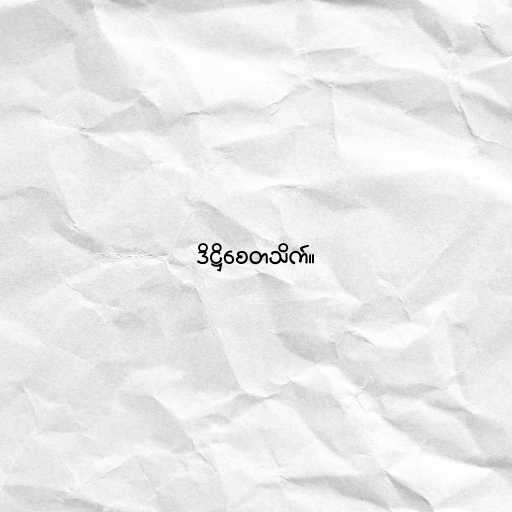
ဒိဋ္ဌိစေတသိက်။